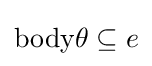
{\textstyle \mathrm {body} \theta \subseteq e}